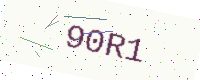
Text: 90R1